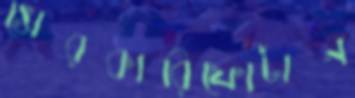
সেরকারিফোটান